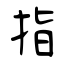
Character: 指